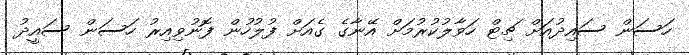
ހަސަން ސައިދުއަށް ޗިޓް ހަވާލުކުރުމަށް އޭނާގެ ގެއަށް ފުލުހުން ފޮނުވިއިރު ހަސަން ސައީދު